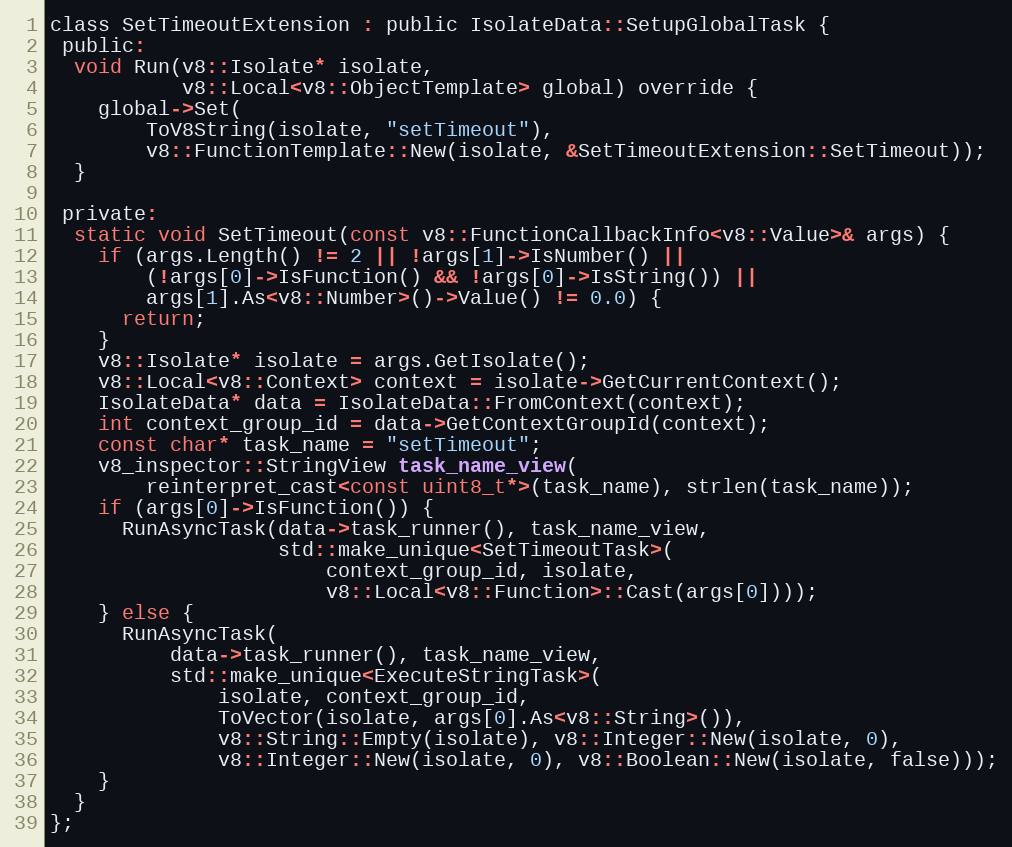
Language: C
class SetTimeoutExtension : public IsolateData::SetupGlobalTask {
 public:
  void Run(v8::Isolate* isolate,
           v8::Local<v8::ObjectTemplate> global) override {
    global->Set(
        ToV8String(isolate, "setTimeout"),
        v8::FunctionTemplate::New(isolate, &SetTimeoutExtension::SetTimeout));
  }

 private:
  static void SetTimeout(const v8::FunctionCallbackInfo<v8::Value>& args) {
    if (args.Length() != 2 || !args[1]->IsNumber() ||
        (!args[0]->IsFunction() && !args[0]->IsString()) ||
        args[1].As<v8::Number>()->Value() != 0.0) {
      return;
    }
    v8::Isolate* isolate = args.GetIsolate();
    v8::Local<v8::Context> context = isolate->GetCurrentContext();
    IsolateData* data = IsolateData::FromContext(context);
    int context_group_id = data->GetContextGroupId(context);
    const char* task_name = "setTimeout";
    v8_inspector::StringView task_name_view(
        reinterpret_cast<const uint8_t*>(task_name), strlen(task_name));
    if (args[0]->IsFunction()) {
      RunAsyncTask(data->task_runner(), task_name_view,
                   std::make_unique<SetTimeoutTask>(
                       context_group_id, isolate,
                       v8::Local<v8::Function>::Cast(args[0])));
    } else {
      RunAsyncTask(
          data->task_runner(), task_name_view,
          std::make_unique<ExecuteStringTask>(
              isolate, context_group_id,
              ToVector(isolate, args[0].As<v8::String>()),
              v8::String::Empty(isolate), v8::Integer::New(isolate, 0),
              v8::Integer::New(isolate, 0), v8::Boolean::New(isolate, false)));
    }
  }
};